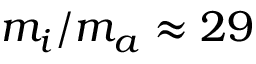
m _ { i } / m _ { a } \approx 2 9